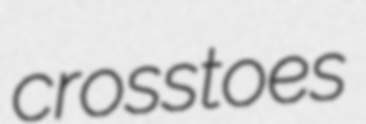
crosstoes